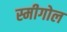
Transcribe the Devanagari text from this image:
स्मीगोल